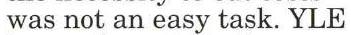
was not an easy task. YLE